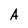
Character: A